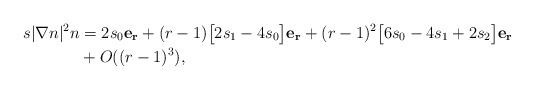
\begin{align*}s|\nabla n|^2n & = 2s_0 \mathbf{e_r} + (r-1)\big[ 2s_1-4s_0\big]\mathbf{e_r}+(r-1)^2\big[6s_0-4s_1+2s_2\big]\mathbf{e_r}\\&+ O((r-1)^3),\end{align*}